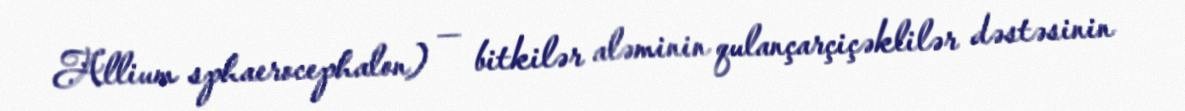
Allium sphaerocephalon) — bitkilər aləminin qulançarçiçəklilər dəstəsinin